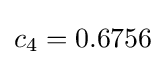
c_{4}=0.6756